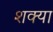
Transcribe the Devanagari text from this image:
शक्या